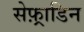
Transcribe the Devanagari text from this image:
सेफ़्राडिन